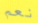
نعم